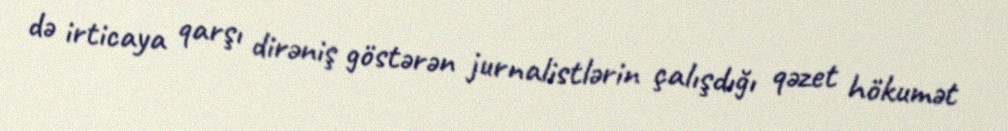
də irticaya qarşı dirəniş göstərən jurnalistlərin çalışdığı qəzet hökumət